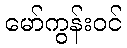
မော်ကွန်းဝင်